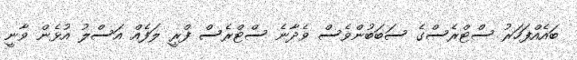
ބައެއްފަހަރު ސްޓްރެސްގެ ސަބަބުންވެސް ވެދާނެ ސްޓްރެސް ފްރީ ލަފެއް އަސްލު އުޅެން ވާނީ